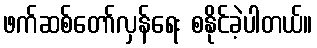
ဖက်ဆစ်တော်လှန်ရေး စနိုင်ခဲ့ပါတယ်။